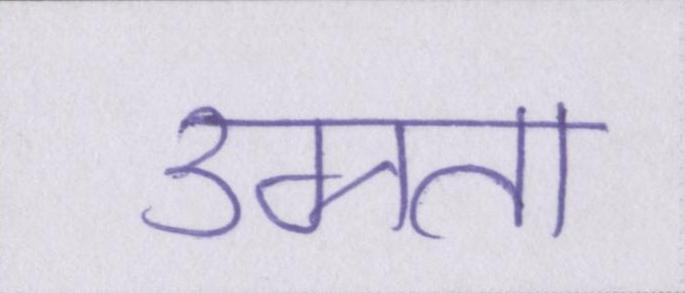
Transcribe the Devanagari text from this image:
उग्रता